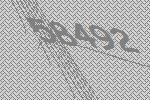
58492